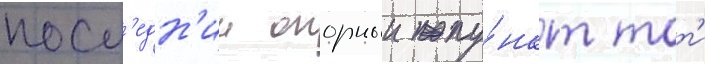
посл'едн'ии опорныи пу́нкт тот'и